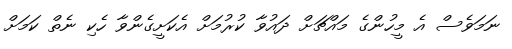
ނަމަވެސް އެ މީހުންގެ މައްޗަށް ދައުވާ ކުރުމަށް އެކަށީގެންވާ ހެކި ނެތް ކަމަށް